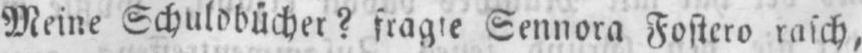
Meine Schuldbücher? fragte Sennora Fostero rasch,